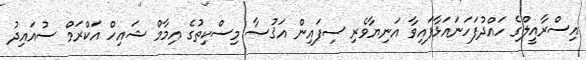
އިސްރާއީލްގެ ހައްދުފަހަނައަޅާފައިވާ އަނިޔާވެރި ސިފައިން އަޤުޞާ މިސްކިތުގެ އިމާމް ޝައިހް އަކްރަމް ސުއައިދު